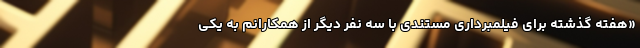
«هفته گذشته برای فیلمبرداری مستندی با سه نفر دیگر از همکارانم به یکی